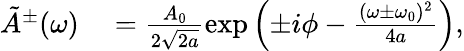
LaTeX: \begin{array}{rl}{\tilde{A}^{\pm}(\omega)}&{{}=\frac{A_{0}}{2\sqrt{2a}}\exp\left(\pm i\phi-\frac{(\omega\pm\omega_{0})^{2}}{4a}\right),}\end{array}